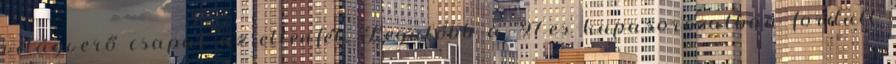
világverő csapat az ellenfél. Legutóbb a '97-es kupasorozatban fordult